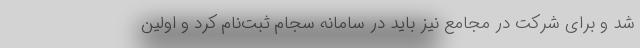
شد و برای شرکت در مجامع نیز باید در سامانه سجام ثبت‌نام کرد و اولین